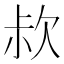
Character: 𣢰